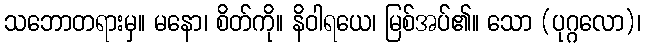
သဘောတရားမှ။ မနော၊ စိတ်ကို။ နိဝါရယေ၊ မြစ်အပ်၏။ သော (ပုဂ္ဂလော)၊